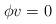
LaTeX: \begin{align*} \phi v=0\end{align*}